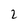
Character: 2